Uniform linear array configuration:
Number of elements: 4
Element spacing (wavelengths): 0.25
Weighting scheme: hann
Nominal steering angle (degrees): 30
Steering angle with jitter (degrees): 28.998
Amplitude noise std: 0.05
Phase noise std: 0.05

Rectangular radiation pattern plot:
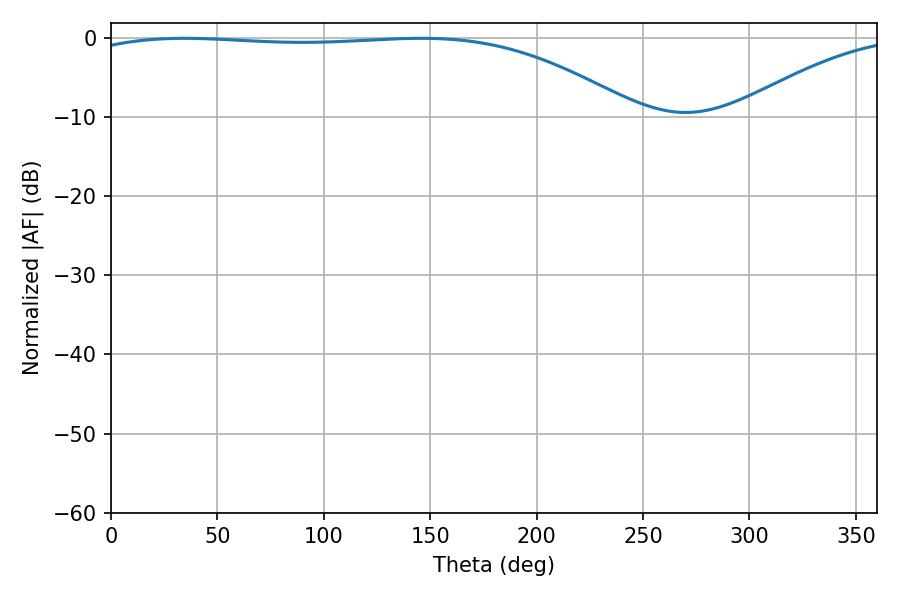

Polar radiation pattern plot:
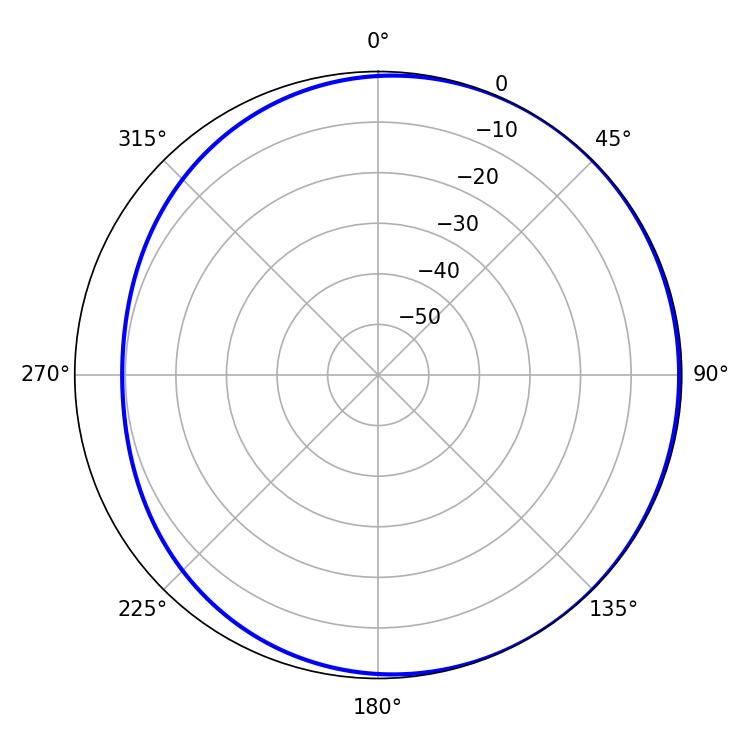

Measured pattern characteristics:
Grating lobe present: FALSE
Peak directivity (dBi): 1.622
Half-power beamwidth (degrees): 205.74
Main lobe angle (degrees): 34.38